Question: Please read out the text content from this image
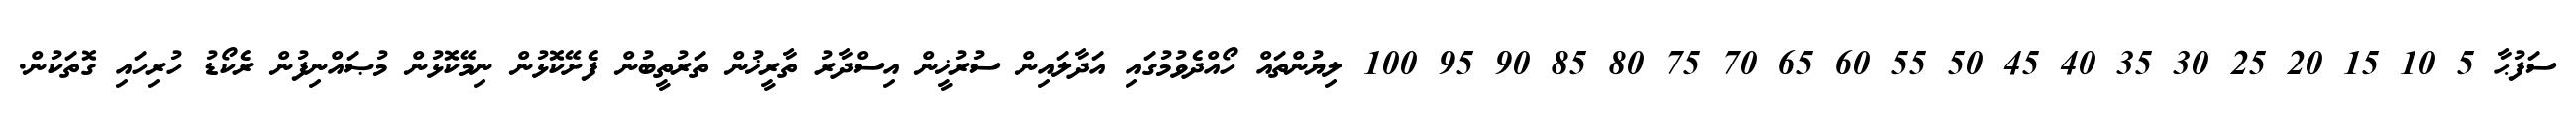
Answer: ސަފުޙާ 5 10 15 20 25 30 35 40 45 50 55 60 65 70 75 80 85 90 95 100 ލިޔުންތައް ހޯއްދެވުމުގައި އަދާލައިން ސުރުޚީން އިސްދާރު ތާރީޚުން ތަރުތީބުން ފެށޭކޮޅުން ނިމޭކޮޅުން މުޞައްނިފުން ރެކޯޑު ހުރިހައި ގޮތަކުން.